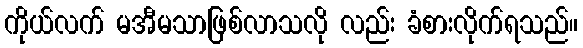
ကိုယ်လက် မအီမသာဖြစ်လာသလို လည်း ခံစားလိုက်ရသည်။